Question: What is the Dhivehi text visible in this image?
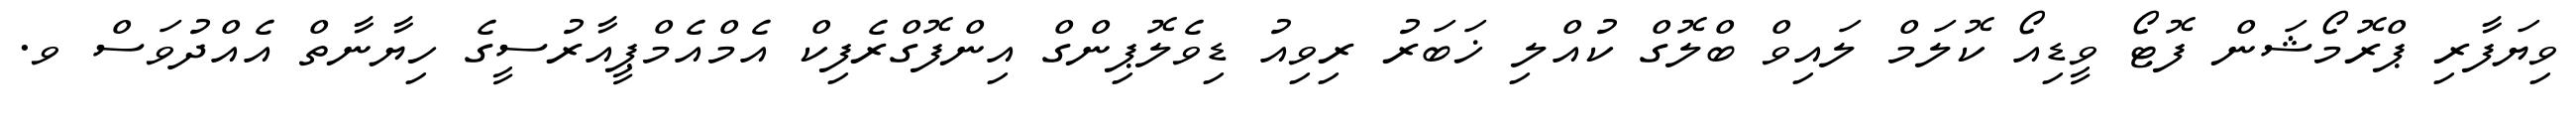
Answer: ވިޔަފާރި ޕްރޮމޯޝަން ފޮޓޯ ވީޑިއޯ ކޮލަމް ލައިވް ބްލޮގް ކުއްލި ޚަބަރު ރިވިއު ޑިވެލޮޕިންގް އިންފޮގްރެފިކް އެމްއެމްޕީއާރުސީގެ ހިޔާނާތް އެއްދުވަސް ވ.